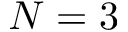
N = 3